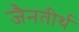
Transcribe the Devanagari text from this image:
जैनतीर्थ